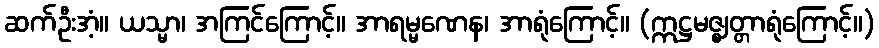
ဆက်ဦးအံ့။ ယသ္မာ၊ အကြင်ကြောင့်။ အာရမ္မဏေန၊ အာရုံကြောင့်။ (ဣဋ္ဌမဇ္ဈတ္တာရုံကြောင့်။)